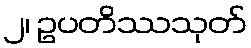
၂၊ ဥပတိဿသုတ်